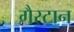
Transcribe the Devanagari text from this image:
गैस्टान